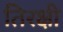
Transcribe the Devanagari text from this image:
तिरक्षी